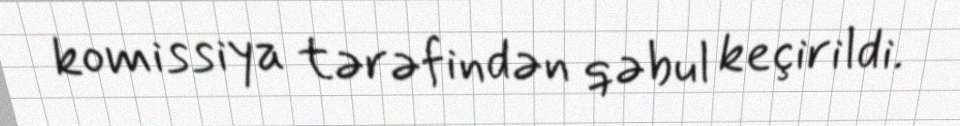
komissiya tərəfindən qəbul keçirildi.